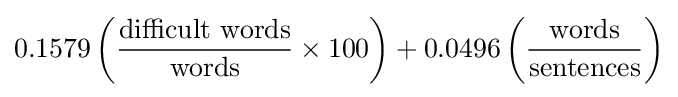
0.1579\left({\frac {\mbox{difficult words}}{\mbox{words}}}\times 100\right)+0.0496\left({\frac {\mbox{words}}{\mbox{sentences}}}\right)